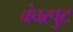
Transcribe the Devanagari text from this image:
चंचत्पुट